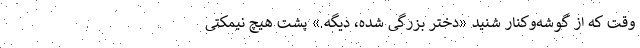
وقت که از گوشه‌وکنار شنید «دختر بزرگی شده، دیگه.» پشت هیچ نیمکتی